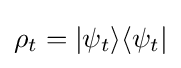
\rho _{t}=|\psi _{t}\rangle \langle \psi _{t}|